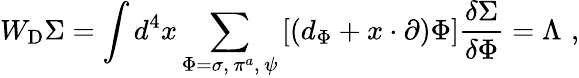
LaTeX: W_{\mathrm{D}}\Sigma=\int d^{4}x\sum_{{\Phi=\sigma,\, \pi^{a},\, \psi}}\left[\left(d_{\Phi}+x\cdot\partial\right)\Phi\right]\frac{\delta\Sigma}{\delta\Phi}=\Lambda\, \, ,